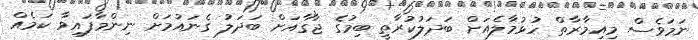
ނަމަވެސް މިއިމާރާތް ހުޅުމާލެއަށް ބަދަލުކުރާތީ ބިމުގެ ޖާގާއަށް ބަދަލު ގެނައުމަށް ނިންމާފައިވާ ކަމެއް